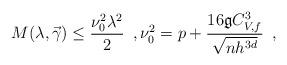
LaTeX: \begin{align*}M(\lambda, \vec \gamma) \leq \dfrac{\nu_0^2 \lambda^2}{2} \enspace , \nu_0^2 = p + \dfrac{16 \mathfrak g C_{V,f}^3}{\sqrt{nh^{3d}}} \enspace ,\end{align*}